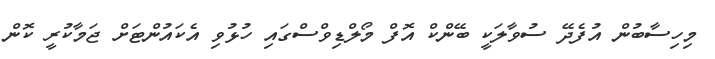
މިހިސާބުން އުފެދޭ ސުވާލަކީ ބޭންކް އޮފް މޯލްޑިވްސްގައި ހުޅުވި އެކައުންޓަށް ޖަމާކުރީ ކޮން